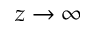
z \to \infty